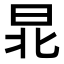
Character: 𣌫